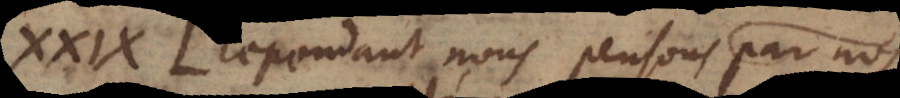
XXIX. Cependant nous pensons par nos